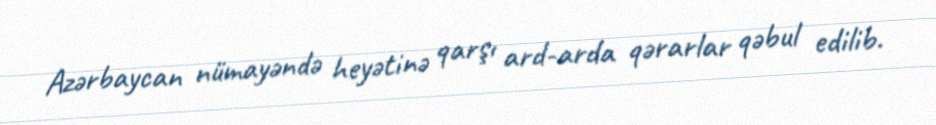
Azərbaycan nümayəndə heyətinə qarşı ard-arda qərarlar qəbul edilib.